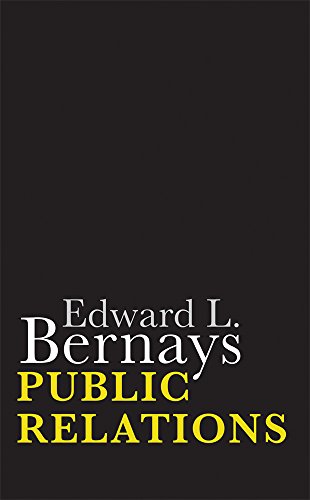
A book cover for Public Relations; Edward L. Bernays; Business & Money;